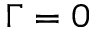
\Gamma = 0